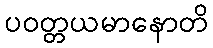
ပဝတ္တယမာနောတိ